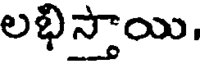
లభిస్తాయి.